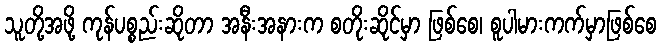
သူတို့အဖို့ ကုန်ပစ္စည်းဆိုတာ အနီးအနားက စတိုးဆိုင်မှာ ဖြစ်စေ၊ စူပါမားကက်မှာဖြစ်စေ